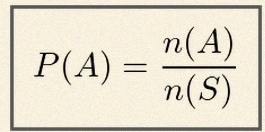
P(A)=\frac{n(A)}{n(S)}